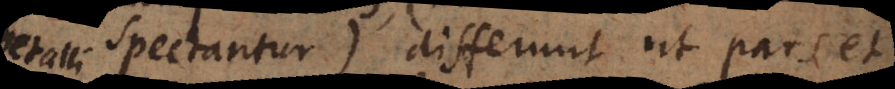
a me spectantur), differunt ut pars et